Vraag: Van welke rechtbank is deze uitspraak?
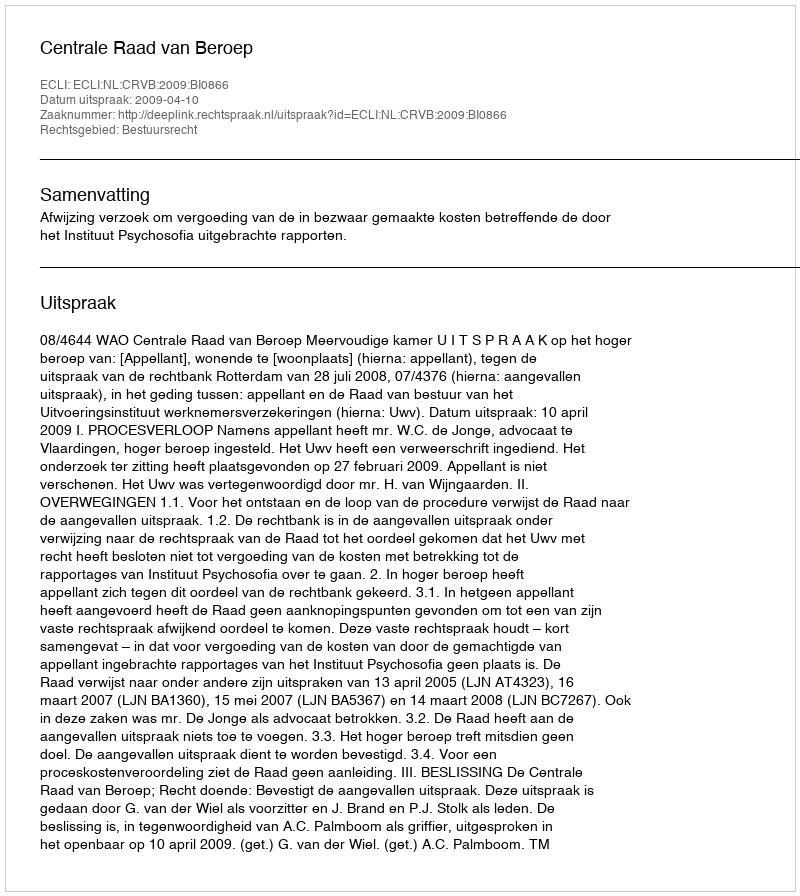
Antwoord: Centrale Raad van Beroep